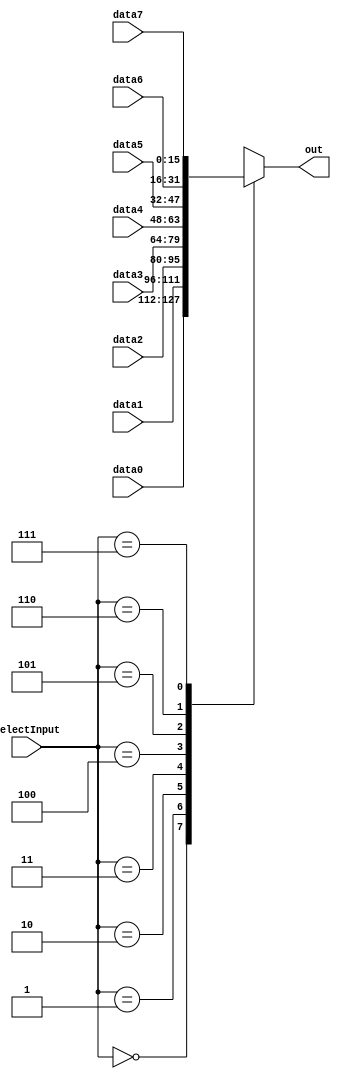
module mux_16_8(data0, data1, data2, data3, data4, data5, data6, data7, selectInput, out); 

	output reg [15:0] out;
	
	input  [15:0] data0, data1, data2, data3, data4, data5, data6, data7;
	input  [2:0] selectInput;
	
	always @(*)begin
		case(selectInput)
			0: out = data0;
			1: out = data1;
			2: out = data2;
			3: out = data3;
			4: out = data4;
			5: out = data5;
			6: out = data6;
			7: out = data7;
		endcase
	end
	
endmodule